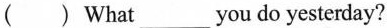
( ) What___you do yesterday?